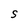
Character: S